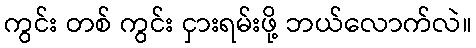
ကွင်း တစ် ကွင်း ငှားရမ်းဖို့ ဘယ်လောက်လဲ။